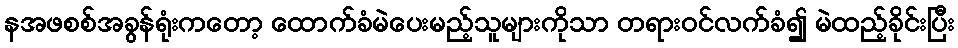
နအဖစစ်အခွန်ရုံးကတော့ ထောက်ခံမဲပေးမည့်သူများကိုသာ တရားဝင်လက်ခံ၍ မဲထည့်ခိုင်းပြီး